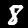
Label: 8